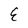
Character: E